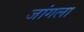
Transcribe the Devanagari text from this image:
जांगला